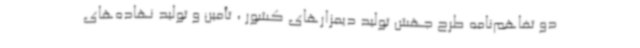
دو تفاهم‌نامه طرح جهش تولید دیمزارهای کشور ، تأمین و تولید نهاده‌های